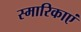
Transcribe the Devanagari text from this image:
स्मारिकाएं